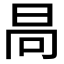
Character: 𣅻